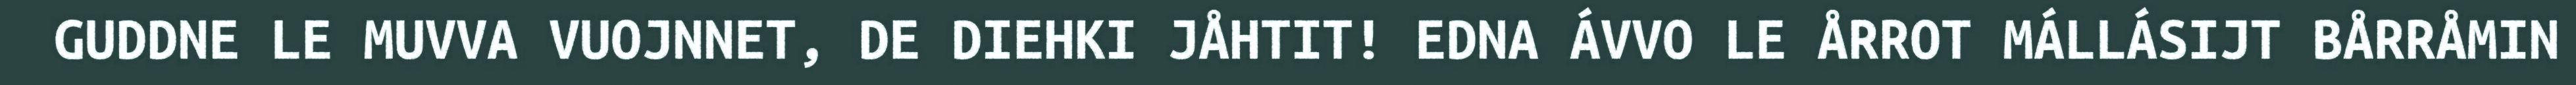
GUDDNE LE MUVVA VUOJNNET, DE DIEHKI JÅHTIT! EDNA ÁVVO LE ÅRROT MÁLLÁSIJT BÅRRÅMIN